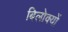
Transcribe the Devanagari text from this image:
बिलोक्‍यों